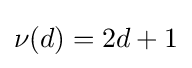
\nu (d)=2d+1